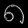
Digit: ၈